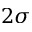
2 \sigma